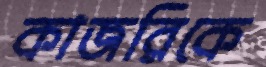
কাজরিকে